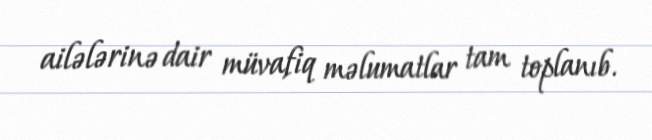
ailələrinə dair müvafiq məlumatlar tam toplanıb.